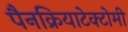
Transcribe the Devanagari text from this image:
पैनक्रियाटेक्टोमी